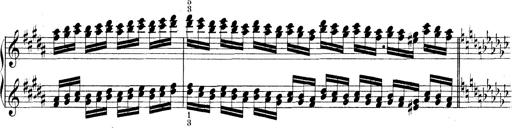
Title: Technische Studien
Composer: Franz Liszt